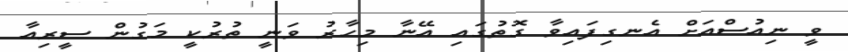
ވީ ނިއުސްއަށް އެނގިފައިވާ ގޮތުގައި އޭނާ މިހާރު ވަނީ ތުރުކީ މަގުން ސީރިއާ